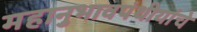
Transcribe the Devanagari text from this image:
महानुभावपंथीयांचे